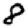
Digit: 8